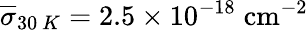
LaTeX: \overline{{\sigma}}_{30~K}=2.5\times 10^{-18}\; \mathrm{{cm^{-2}}}